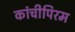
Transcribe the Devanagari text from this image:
कांचीपिरम